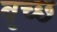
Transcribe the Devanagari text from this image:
बृच्‍छ